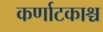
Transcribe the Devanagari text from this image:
कर्णाटकाश्च